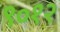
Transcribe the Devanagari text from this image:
९०१२